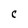
Character: C